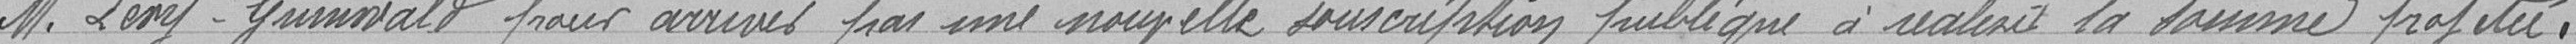
Monsieur Lévy-Grunwald pour arriver par une nouvelle souscription publique à réaliser la somme projetée,